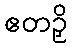
ဧတဉှိ